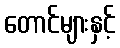
တောင်များနှင့်